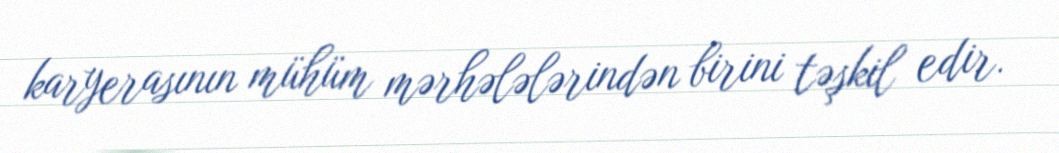
karyerasının mühüm mərhələlərindən birini təşkil edir.